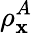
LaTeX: \rho_{\mathbf{x}}^{A}